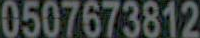
0507673812